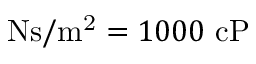
\mathrm { N s / m ^ { 2 } } = 1 0 0 0 ~ \mathrm { c P }